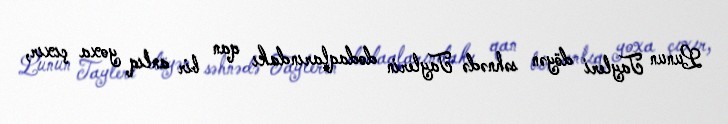
Lunun Tayleri döyən səhnədə Taylerin dodaqlarındakı qan bir anlıq yoxa çıxır,